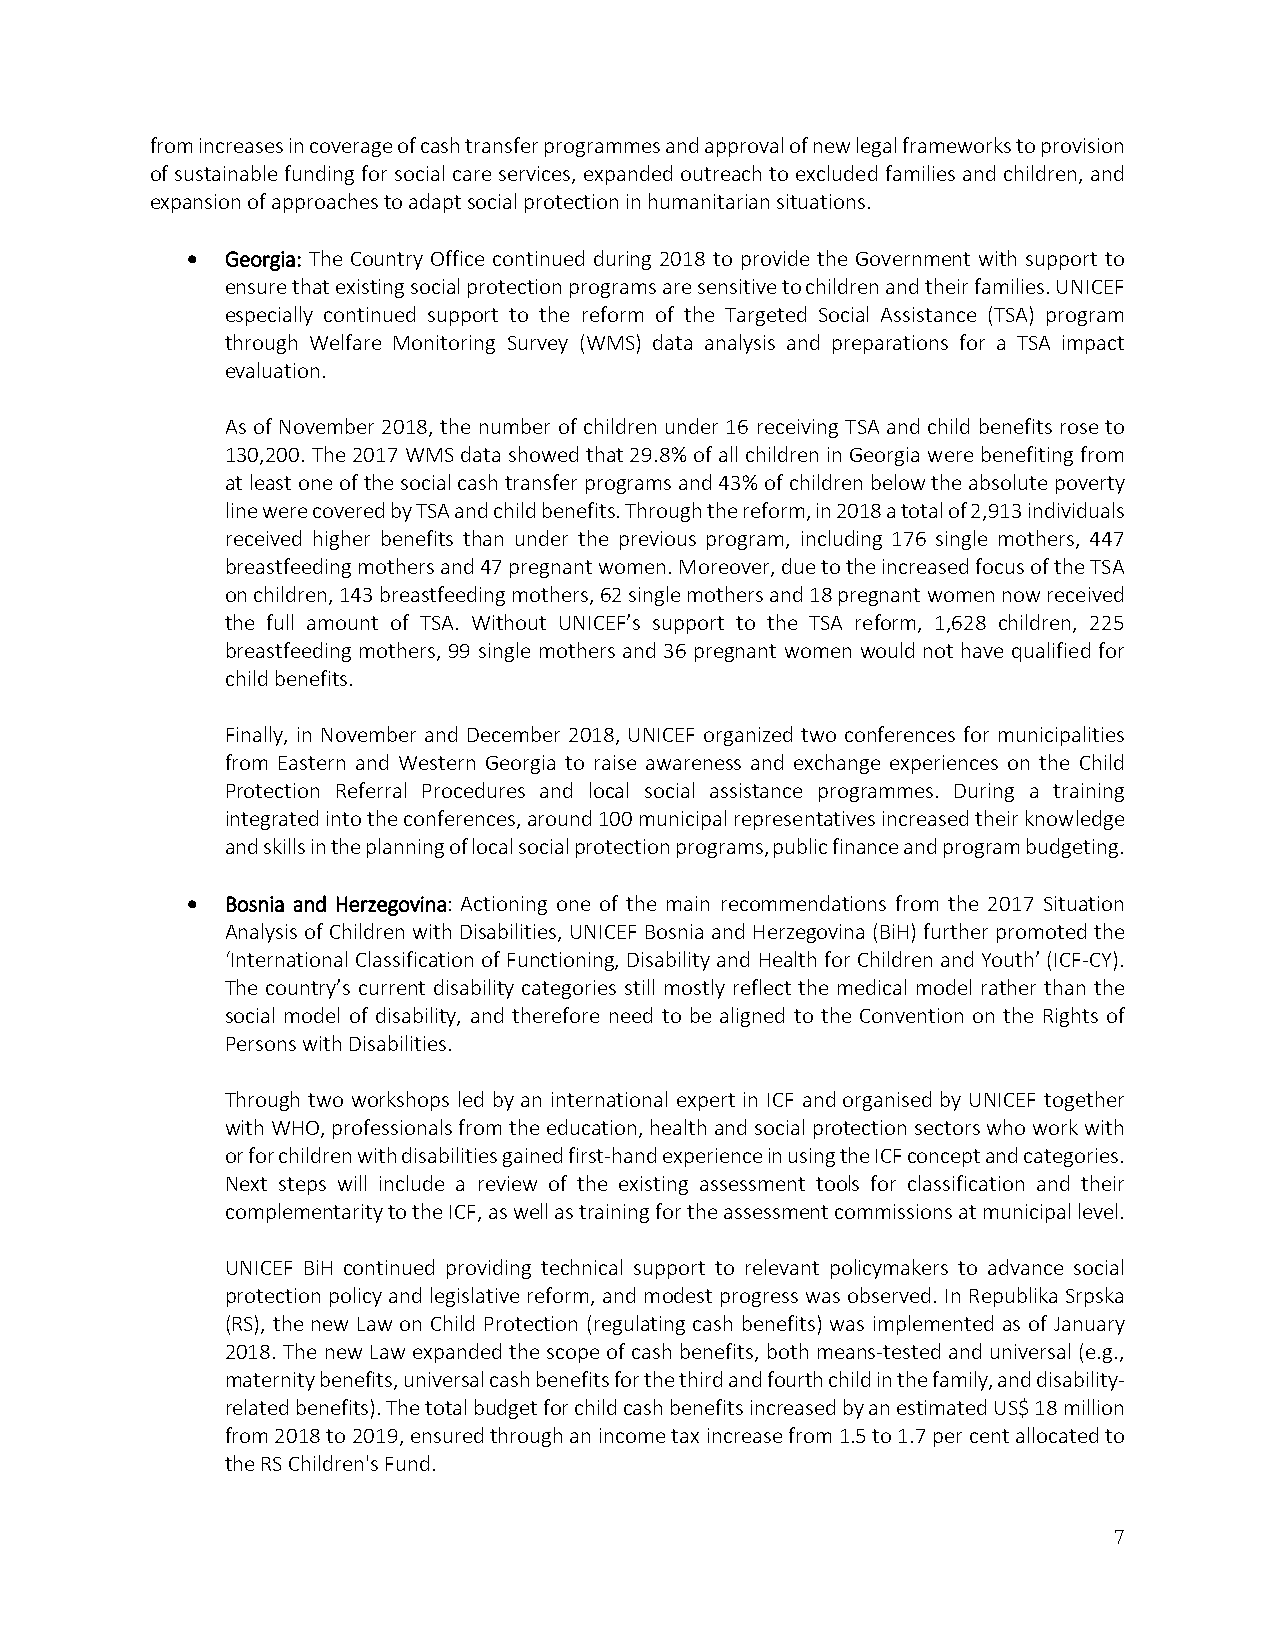
from increases in coverage of cash transfer programmes and approval of new legal frameworks to provision
 of sustainable funding for social care services, expanded outreach to excluded families and children, and
 expansion of approaches to adapt social protection in humanitarian situations.
   Georgia: The Country Office continued during 2018 to provide the Government with support to
 ensure that existing social protection programs are sensitive to children and their families. UNICEF
 especially continued support to the reform of the Targeted Social Assistance (TSA) program
 through Welfare Monitoring Survey (WMS) data analysis and preparations for a TSA impact
 evaluation.
 As of November 2018, the number of children under 16 receiving TSA and child benefits rose to
 130,200. The 2017 WMS data showed that 29.8% of all children in Georgia were benefiting from
 at least one of the social cash transfer programs and 43% of children below the absolute poverty
 line were covered by TSA and child benefits. Through the reform, in 2018 a total of 2,913 individuals
 received higher benefits than under the previous program, including 176 single mothers, 447
 breastfeeding mothers and 47 pregnant women. Moreover, due to the increased focus of the TSA
 on children, 143 breastfeeding mothers, 62 single mothers and 18 pregnant women now received
 the full amount of TSA. Without UNICEF’s support to the TSA reform, 1,628 children, 225
 breastfeeding mothers, 99 single mothers and 36 pregnant women would not have qualified for
 child benefits.
 Finally, in November and December 2018, UNICEF organized two conferences for municipalities
 from Eastern and Western Georgia to raise awareness and exchange experiences on the Child
 Protection Referral Procedures and local social assistance programmes. During a training
 integrated into the conferences, around 100 municipal representatives increased their knowledge
 and skills in the planning of local social protection programs, public finance and program budgeting.
   Bosnia and Herzegovina: Actioning one of the main recommendations from the 2017 Situation
 Analysis of Children with Disabilities, UNICEF Bosnia and Herzegovina (BiH) further promoted the
 ‘International Classification of Functioning, Disability and Health for Children and Youth’ (ICF‐CY).
 The country’s current disability categories still mostly reflect the medical model rather than the
 social model of disability, and therefore need to be aligned to the Convention on the Rights of
 Persons with Disabilities.
 Through two workshops led by an international expert in ICF and organised by UNICEF together
 with WHO, professionals from the education, health and social protection sectors who work with
 or for children with disabilities gained first‐hand experience in using the ICF concept and categories.
 Next steps will include a review of the existing assessment tools for classification and their
 complementarity to the ICF, as well as training for the assessment commissions at municipal level.
 UNICEF BiH continued providing technical support to relevant policymakers to advance social
 protection policy and legislative reform, and modest progress was observed. In Republika Srpska
 (RS), the new Law on Child Protection (regulating cash benefits) was implemented as of January
 2018. The new Law expanded the scope of cash benefits, both means‐tested and universal (e.g.,
 maternity benefits, universal cash benefits for the third and fourth child in the family, and disability‐
 related benefits). The total budget for child cash benefits increased by an estimated US$ 18 million
 from 2018 to 2019, ensured through an income tax increase from 1.5 to 1.7 per cent allocated to
 the RS Children's Fund.
 7